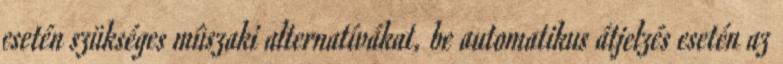
esetén szükséges mûszaki alternatívákat, be automatikus átjelzés esetén az